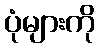
ပုံများကို